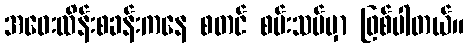
အဝေးထိန်းစခန်းကနေ စတင် စမ်းသပ်မှာ ဖြစ်ပါတယ်။